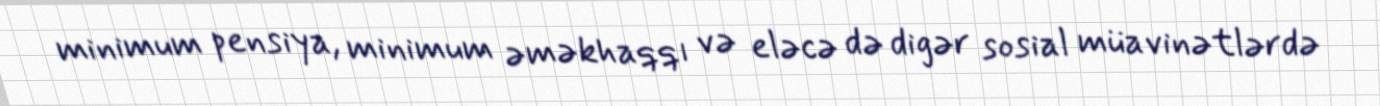
minimum pensiya, minimum əməkhaqqı və eləcə də digər sosial müavinətlərdə